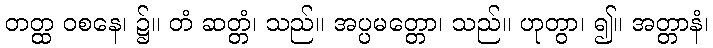
တတ္ထ ဝစနေ၊ ၌။ တံ ဆတ္တံ၊ သည်။ အပ္ပမတ္တော၊ သည်။ ဟုတွာ၊ ၍။ အတ္တာနံ၊